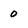
Character: o